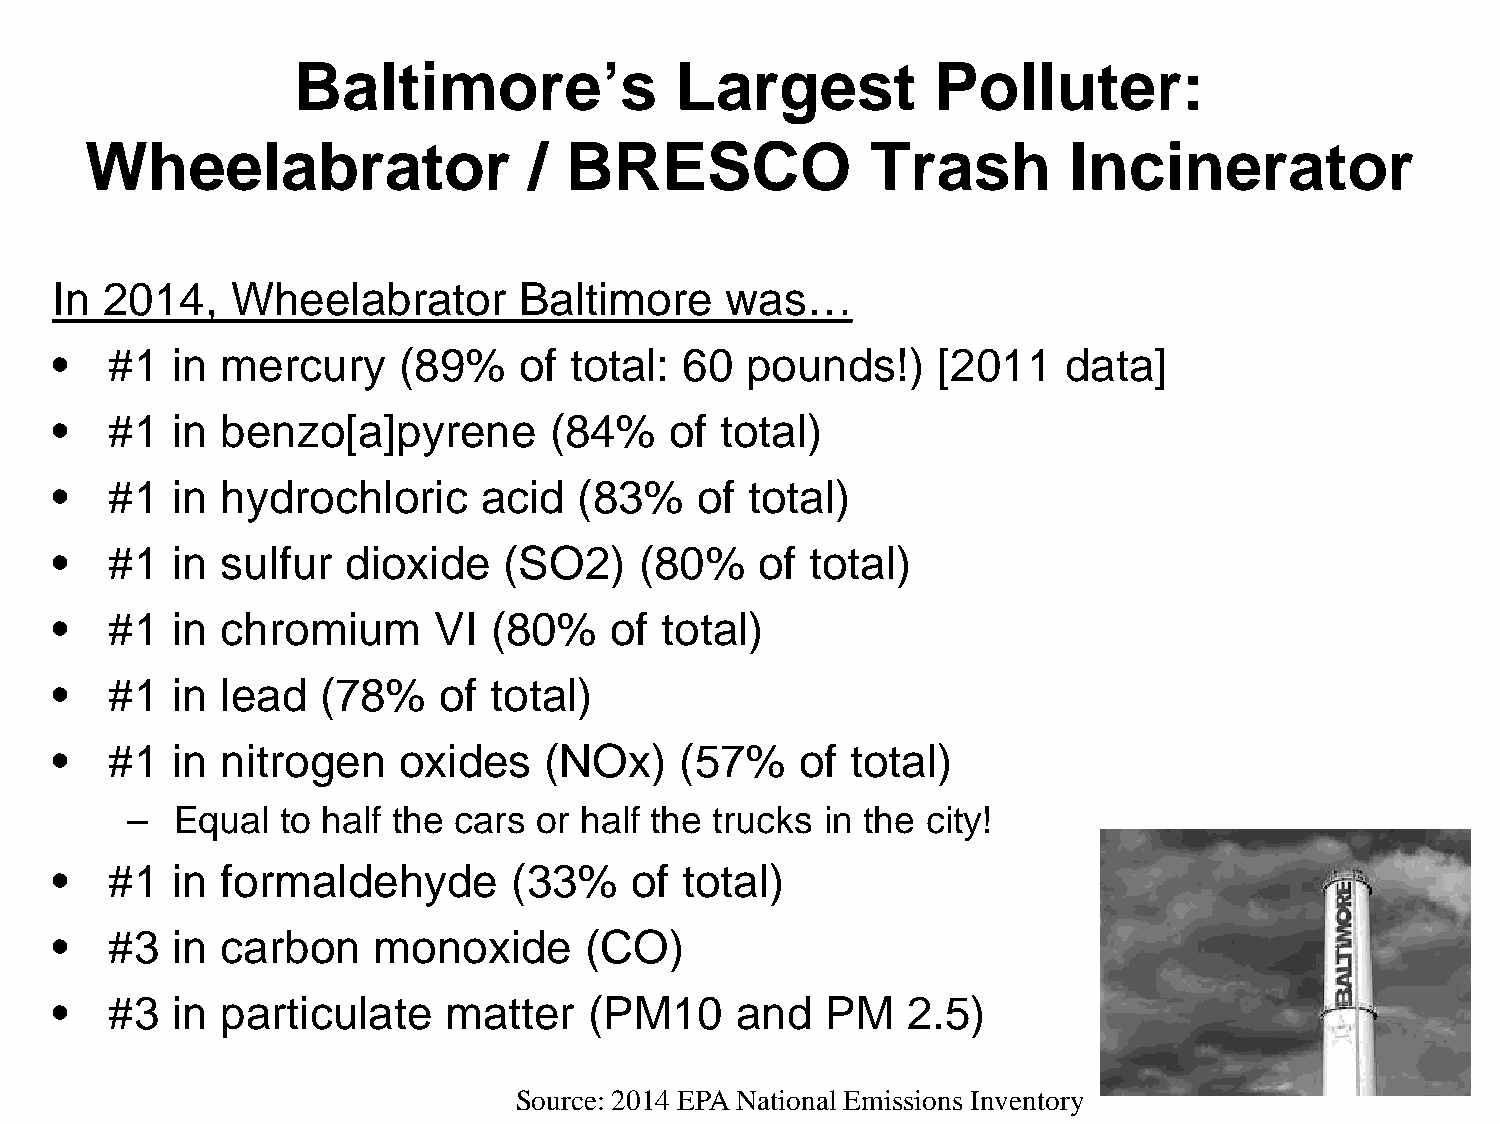
Baltimore’s               Largest          Polluter:
 Wheelabrator                 / BRESCO               Trash        Incinerator
 In  2014,   Wheelabrator       Baltimore     was…
 •   #1  in  mercury    (89%    of  total: 60  pounds!)     [2011   data]
 •   #1  in  benzo[a]pyrene       (84%    of  total)
 •   #1  in  hydrochloric     acid  (83%    of  total)
 •   #1  in  sulfur  dioxide   (SO2)    (80%    of  total)
 •   #1  in  chromium      VI (80%    of  total)
 •   #1  in  lead  (78%    of total)
 •   #1  in  nitrogen   oxides    (NOx)    (57%    of total)
 –   Equal  to half the cars or half the trucks in the city!
 •   #1  in  formaldehyde       (33%    of total)
 •   #3  in  carbon    monoxide      (CO)
 •   #3  in  particulate   matter    (PM10     and   PM   2.5)
 Source: 2014 EPA National Emissions Inventory